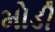
મોડી